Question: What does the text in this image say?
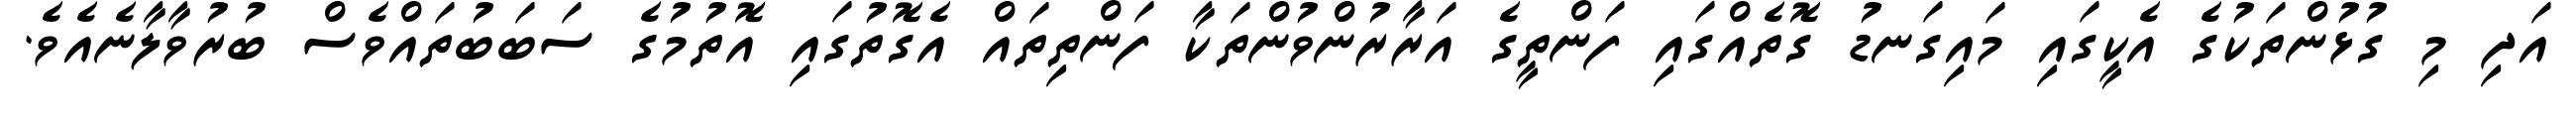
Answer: އަދި މި ގުޅުންތަކުގެ އެކީގައި މައިގަނޑު ގޮތެއްގައި ފަންތީގެ އަރާރުންވުންތަކާ ފަންތިތައް އެގޮތުގައި އޮތުމުގެ ސަބަބުތައްވެސް ބުރުވާލާނެއެވެ.